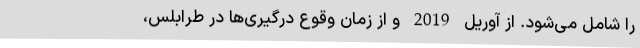
را شامل می‌شود. از آوریل 2019 و از زمان وقوع درگیری‌ها در طرابلس،